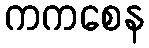
ကကစေန